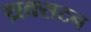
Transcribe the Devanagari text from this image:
थ्रक्सटन